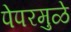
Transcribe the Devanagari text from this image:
पेपरमुळे